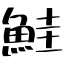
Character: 鮭